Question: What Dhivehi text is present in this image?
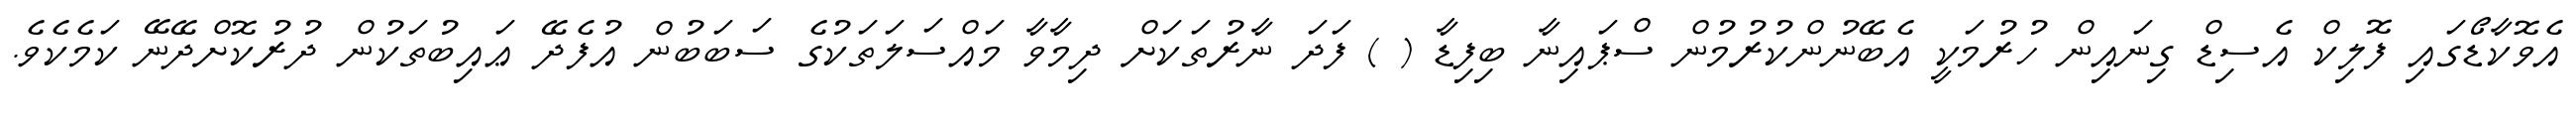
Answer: އެވޮކާޑޯގައި ފޮލިކް އެސިޑް ގިނައިން ހުރުމަކީ އެބޭނުންކުރުމުން ސްޕައިނާ ބިފިޑާ ( ) ފަދަ ނާރުތަކަށް ދިމާވާ މައްސަލަތަކުގެ ސަބަބުން އުފެދޭ ޢައިބުތަކުން ދުރުކޮށްދޭނޭ ކަމެކެވެ.